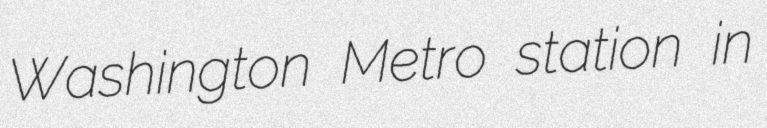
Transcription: Washington Metro station in